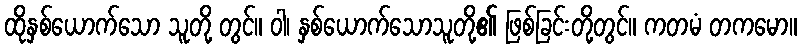
ထိုနှစ်ယောက်သော သူတို့ တွင်။ ဝါ၊ နှစ်ယောက်သောသူတို့၏ ဖြစ်ခြင်းတို့တွင်။ ကတမံ တကမော။